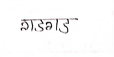
मजकूर: गडगड